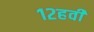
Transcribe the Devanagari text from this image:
१२हवीं